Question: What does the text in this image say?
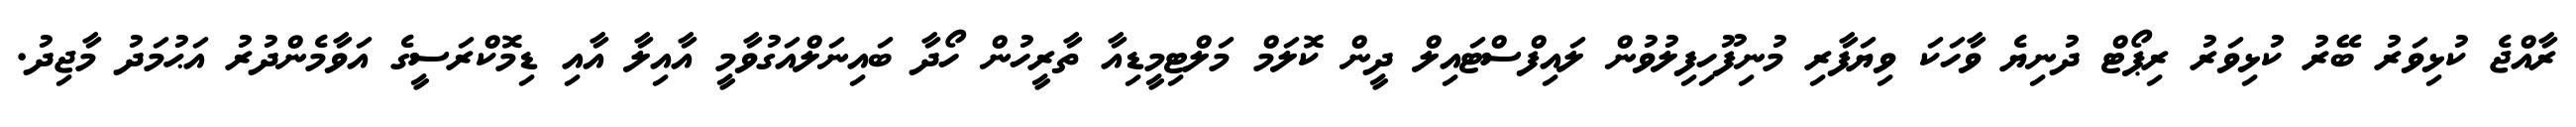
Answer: ރާއްޖެ ކުޅިވަރު ބޭރު ކުޅިވަރު ރިޕޯޓް ދުނިޔެ ވާހަކަ ވިޔަފާރި މުނިފޫހިފިލުވުން ލައިފްސްޓައިލް ދީން ކޮލަމް މަލްޓިމީޑިއާ ތާރީހުން ހޯދާ ބައިނަލްއަގުވާމީ އާއިލާ އާއި ޑިމޮކްރަސީގެ އަވާމެންދުރު އަޙުމަދު މާޖިދު.